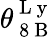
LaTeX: \theta_{\mathrm{~8~B~}}^{\mathrm{~L~y~}}